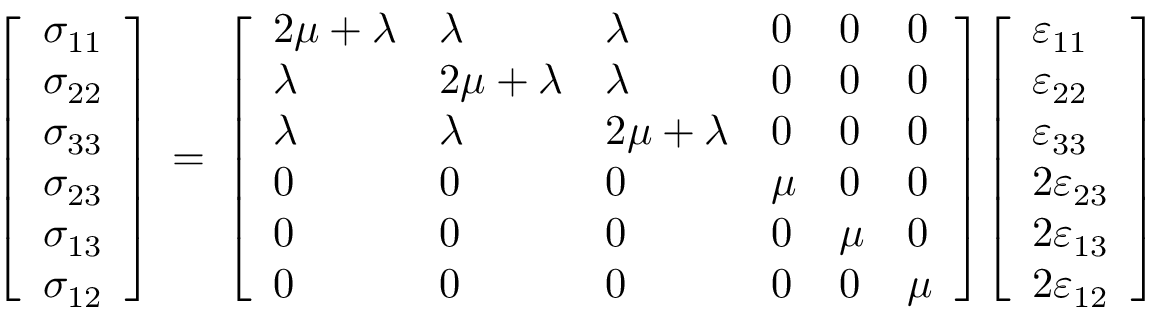
{ \left[ \begin{array} { l } { \sigma _ { 1 1 } } \\ { \sigma _ { 2 2 } } \\ { \sigma _ { 3 3 } } \\ { \sigma _ { 2 3 } } \\ { \sigma _ { 1 3 } } \\ { \sigma _ { 1 2 } } \end{array} \right] } \, = \, { \left[ \begin{array} { l l l l l l } { 2 \mu + \lambda } & { \lambda } & { \lambda } & { 0 } & { 0 } & { 0 } \\ { \lambda } & { 2 \mu + \lambda } & { \lambda } & { 0 } & { 0 } & { 0 } \\ { \lambda } & { \lambda } & { 2 \mu + \lambda } & { 0 } & { 0 } & { 0 } \\ { 0 } & { 0 } & { 0 } & { \mu } & { 0 } & { 0 } \\ { 0 } & { 0 } & { 0 } & { 0 } & { \mu } & { 0 } \\ { 0 } & { 0 } & { 0 } & { 0 } & { 0 } & { \mu } \end{array} \right] } { \left[ \begin{array} { l } { \varepsilon _ { 1 1 } } \\ { \varepsilon _ { 2 2 } } \\ { \varepsilon _ { 3 3 } } \\ { 2 \varepsilon _ { 2 3 } } \\ { 2 \varepsilon _ { 1 3 } } \\ { 2 \varepsilon _ { 1 2 } } \end{array} \right] }